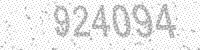
Solution: 924094